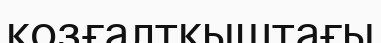
қозғалтқыштағы